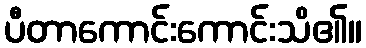
ပီတာကောင်းကောင်းသိ၏။